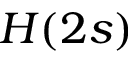
H ( 2 s )